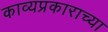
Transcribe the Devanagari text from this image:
काव्यप्रकाराच्या